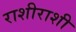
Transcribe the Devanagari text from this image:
राशीराशी